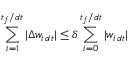
\sum _ { i = 1 } ^ { t _ { f } / d t } | \Delta w _ { i \, d t } | \leq \delta \sum _ { i = 0 } ^ { t _ { f } / d t } | w _ { i \, d t } |